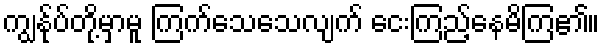
ကျွန်ုပ်တို့မှာမူ ကြက်သေသေလျက် ငေးကြည့်နေမိကြ၏။